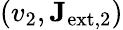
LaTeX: (v_{2},\mathbf{J}_{\mathrm{ext,2}})